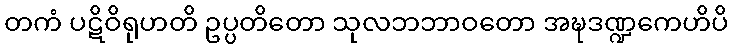
တကံ ပဋိဝိရုဟတိ ဥပ္ပတိတော သုလဘဘာဝတော အဍ္ဎဒဏ္ဍကေဟိပိ